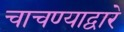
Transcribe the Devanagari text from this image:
चाचण्याद्वारे